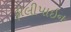
ફીલીપાઇન